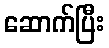
ဆောက်ပြီး